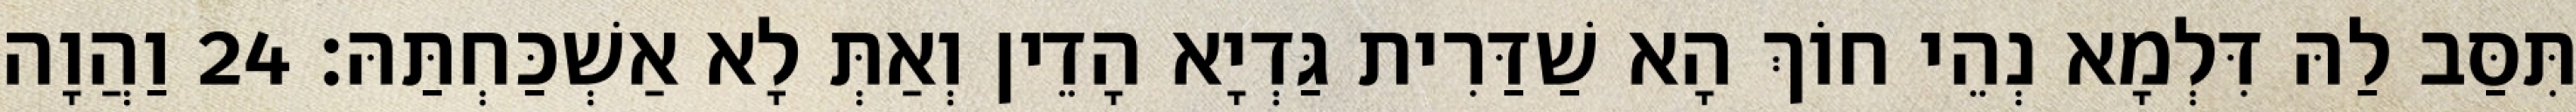
תִּסַּב לַהּ דִּלְמָא נְהֵי חוֹךְ הָא שַׁדַּרִית גַּדְיָא הָדֵין וְאַתְּ לָא אַשְׁכַּחְתַּהּ׃ 24 וַהֲוָה